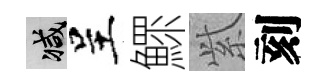
减呈鰥𬗋刻